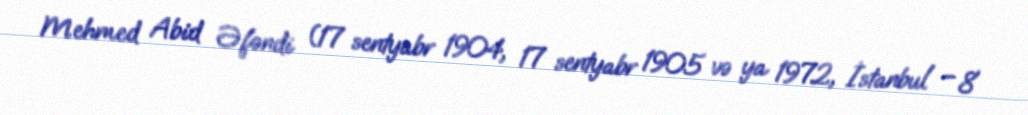
Mehmed Abid Əfəndi (17 sentyabr 1904, 17 sentyabr 1905 və ya 1972, İstanbul – 8